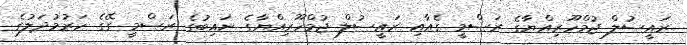
ރައީސުލް ޖުމްހޫރިއްޔާގެ ރަސްމީ ގެއާއި ރައީސުލް ޖުމްހޫރިއްޔާގެ ނައިބުގެ ރަސްމީ ގޭގެ ހަރުމުދަލުގެ